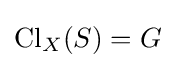
\operatorname {Cl} _{X}(S)=G